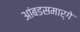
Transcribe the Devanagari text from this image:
आंबडसमार्गे